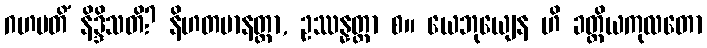
ဂဟပတိံ နိဒ္ဒိသတိ? နိဟတမာနတ္တာ, ဥဿန္နတ္တာ စ။ ယေဘုယျေန ဟိ ခတ္တိယကုလတော